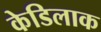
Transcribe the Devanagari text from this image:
केडिलाक